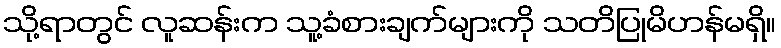
သို့ရာတွင် လူဆန်းက သူ့ခံစားချက်များကို သတိပြုမိဟန်မရှိ။